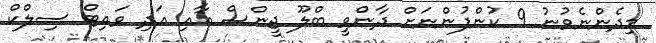
މިދެންނެވުނު 9 ކުންފުންނަށް ދާންވީ ބްލޫ ޖީންސް އާއި އަދި ވައިޓް ސިލްކް